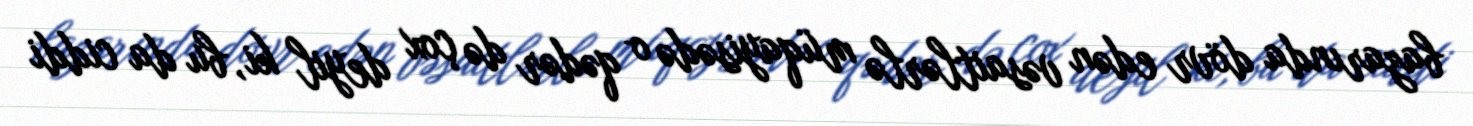
bazarında dövr edən vəsaitlərlə müqayisədə o qədər də çox deyil ki, bu da ciddi